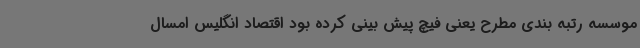
موسسه رتبه بندی مطرح یعنی فیچ پیش بینی کرده بود اقتصاد انگلیس امسال